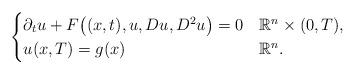
LaTeX: \begin{align*}\begin{cases}\partial_tu+F\big((x,t),u,Du,D^2u\big)=0&\mathbb R^n\times (0,T), \\u(x,T)=g(x)&\mathbb R^n.\end{cases}\end{align*}